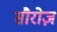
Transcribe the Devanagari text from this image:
सौरोज़